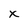
Character: x